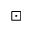
\boxdot